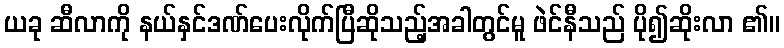
ယခု ဆီလာကို နယ်နှင်ဒဏ်ပေးလိုက်ပြီဆိုသည့်အခါတွင်မူ ဖဲင်နီသည် ပို၍ဆိုးလာ ၏။